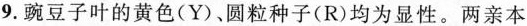
9.豌豆子叶的黄色(Y)、圆粒种子(R)均为显性。两亲本